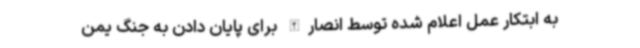
به ابتکار عمل اعلام شده توسط انصارالله برای پایان دادن به جنگ یمن